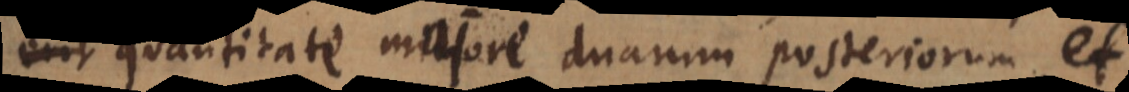
quantitate majore duarum posteriorum, et